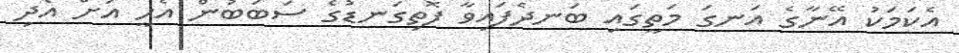
އެކަމަކު އޭނާގެ އަނގަ މަތީގައި ބަނދެފައިވާ ފޮތިގަނޑުގެ ސަބަބުން އެހީ އަށް އެދި